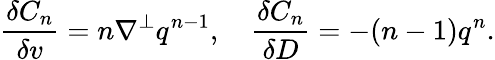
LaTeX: \frac{\delta C_{n}}{\delta v}=n\nabla^{\perp}q^{n-1},\quad\frac{\delta C_{n}}{\delta D}=-(n-1)q^{n}.